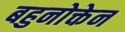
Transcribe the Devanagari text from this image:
बहुनोक्तेन